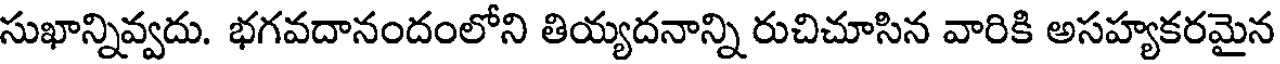
సుఖాన్నివ్వదు. భగవదానందంలోని తియ్యదనాన్ని రుచిచూసిన వారికి అసహ్యకరమైన